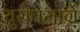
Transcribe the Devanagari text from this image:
युरोपमार्गे